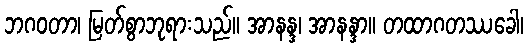
ဘဂဝတာ၊ မြတ်စွာဘုရားသည်။ အာနန္ဒ၊ အာနန္ဒာ။ တထာဂတဿခေါ၊